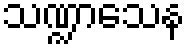
သဏ္ဍာသေန